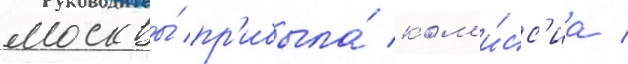
москвы́ пр'ибыла́ ком'и́сс'иа /